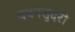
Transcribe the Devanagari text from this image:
यवनसुंदरी